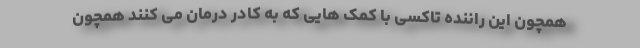
همچون این راننده تاکسی با کمک هایی که به کادر درمان می کنند همچون